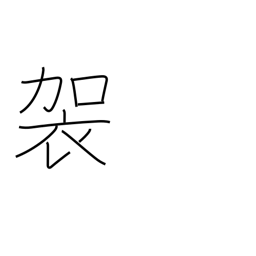
Meaning: a coarse camlet